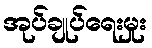
အုပ်ချုပ်ရေးမှုး